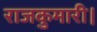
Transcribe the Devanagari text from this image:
राजकुमारी।